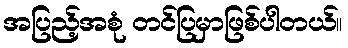
အပြည့်အစုံ တင်ပြမှာဖြစ်ပါတယ်။